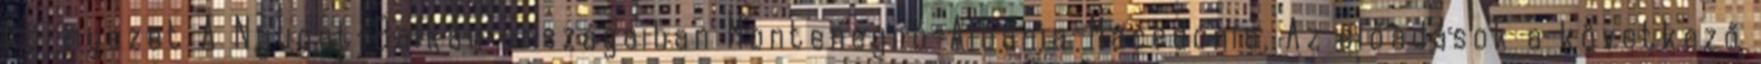
környezet A Nyugat-Balkán országaiban Montenegró-Albánia-Macedónia. Az előadások a következő